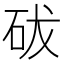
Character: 𥑕